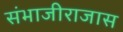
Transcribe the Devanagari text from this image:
संभाजीराजास